Report of the Municipal Commissioner on the plague in Bombay for the year ending 31st May... - Volume 2
Disease focus: Plague
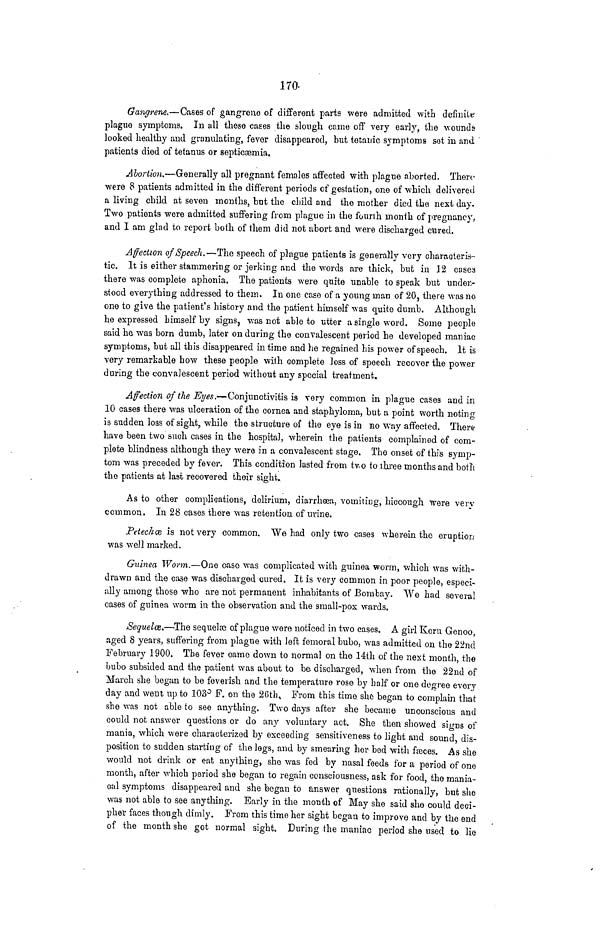
170-
Gangrene.—Cases of gangrene of different parts were admitted with definite
plague symptoms. In all these cases the slongh came off very early, the wounds
looked healthy and granulating, fever disappeared, but tetanic symptoms sot in and '
patients died of tetanus or septicaemia.
Abortion.—Generally all pregnant females affected with plague aborted. There
were 8 patients admitted in the different periods of gestation, one of which delivered
a living child at seven months, but the child and the mother died the next day.
Two patients were admitted suffering from plague in the fourth month of pregnancy,
and I am glad to report both of them did not abort and were discharged cured.
Affection of Speech.—The speech of plague patients is generally very characteris-
tic. It is either stammering or jerking and the words are thick, but in 32 cases
there was complete aphonia. The patients were quite unable to speak but under-
stood everything addressed to them. In one case of a young man of 20, there was no
one to give the patient's history and the patient himself was quite dumb. Although
he expressed himself by signs, was not able to utter a single word. Some people
said he, was born dumb, later on during the convalescent period he developed maniac
symptoms, but all this disappeared in time and lie regained his power of speech. It is
very remarkable how these people with complete loss of speech recover the power
during the convalescent period without any special treatment.
Affection of the Eyes.—Conjunctivitis is very common in plague cases and in
10 cases there was ulceration of the cornea and staphyloma, but a point worth noting
is sudden loss of sight,, while the structure of the eye is in no way affected. There
have been two such cases in the hospital, wherein the patients complained of com-
plete blindness although they were in a convalescent stage. The onset of this symp-
tom was preceded by fever. This condition lasted from tv.o to three months and both
the patients at last recovered their sight.
As to other complications, delirium, diarrhoea, vomiting, hiccough were verv
common. In 28 cases there was retention, of urine.
Petechoe, is not very common. We had only two cases wherein the eruptiou
was well marked.
Guinea Worm.—One case was complicated with guinea worm, which was with-
drawn and the case was discharged cured. It is very common in poor people, especi-
ally among those who are not permanent inhabitants of Bombay. "We had several
cases of guinea worm in the observation and the small-pox wards.
Sequelce.—The sequelae of plague were noticed in two cases. A girl Keru Genoo,
aged 8 years, suffering from plague with left femoral bubo, was admitted on the 22nd
February 1900. The fever came down to normal on the 14th of the next month, the
bubo subsided and tlxe patient was about to be discharged, when from the 22nd of
March she began to be feverish and the temperature rose by half or one degree every
day and went up to 103° F. on the 26th» From this time she began to complain that
she was not able to see anything. Two days after she became unconscious and
could not answer questions or do any voluntary act. She then showed sio-ns of
mania, which were characterized by exceeding sensitiveness to light and sound, dis-
position to sudden starting of the legs, and by smearing her bed with faeces. As she
would not drink or eat anything, she was fed by nasal feeds for a period of one
month, after which period she began to regain consciousness, ask for food, the mania-
cal symptoms disappeared and she began to answer questions rationally, but she
was not able to see anything. Early in the month of May she said she could deci-
pher faces though dimly. From this time her sight began to improve and by the end
of the month she got normal sight. During the maniac period she used to lie